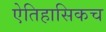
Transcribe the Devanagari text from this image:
ऐतिहासिकच